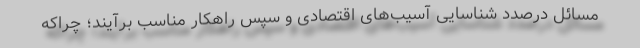
مسائل درصدد شناسایی آسیب‌های اقتصادی و سپس راهكار مناسب برآیند؛ چراكه